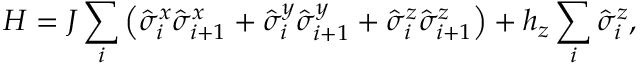
H = J \sum _ { i } \left( \hat { \sigma } _ { i } ^ { x } \hat { \sigma } _ { i + 1 } ^ { x } + \hat { \sigma } _ { i } ^ { y } \hat { \sigma } _ { i + 1 } ^ { y } + \hat { \sigma } _ { i } ^ { z } \hat { \sigma } _ { i + 1 } ^ { z } \right) + h _ { z } \sum _ { i } \hat { \sigma } _ { i } ^ { z } ,